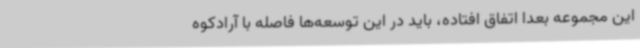
این مجموعه بعدا اتفاق افتاده، باید در این توسعه‌ها فاصله با آرادکوه